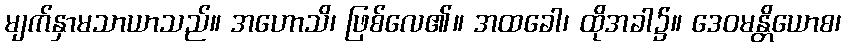
မျက်နှာမသာယာသည်။ အဟောသိ၊ ဖြစ်လေ၏။ အထခေါ၊ ထိုအခါ၌။ ဒေဝမန္တိယောစ၊